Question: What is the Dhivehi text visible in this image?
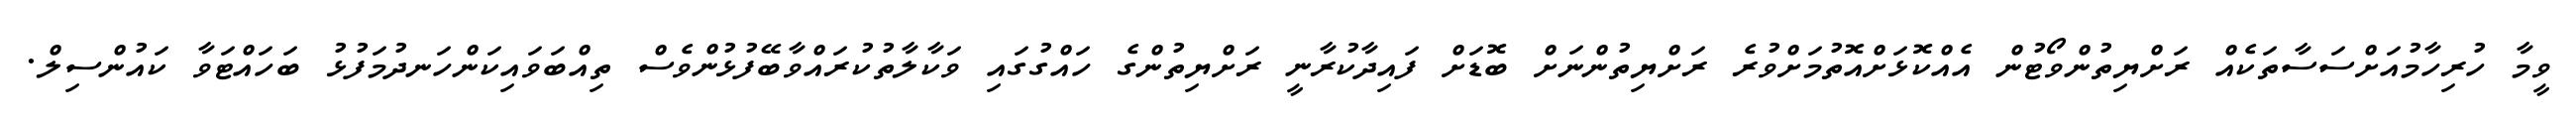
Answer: ވީމާ ހުރިހާމުއަށްސަސާތަކެއް ރަށްޔިތުންވޯޓުން އެއްކޮޅަށްއޮތުމަށްވުރެ ރަށްޔިތުންނަށް ބޮޑަށް ފައިދާކުރާނީ ރަށްޔިތުންގެ ހައްގުގައި ވަކާލާތުކުރައްވާބޭފުޅުންވެސް ތިއްބަވައިކަންހަނދުމަފުޅު ބަހައްޓަވާ ކައުންސިލް.